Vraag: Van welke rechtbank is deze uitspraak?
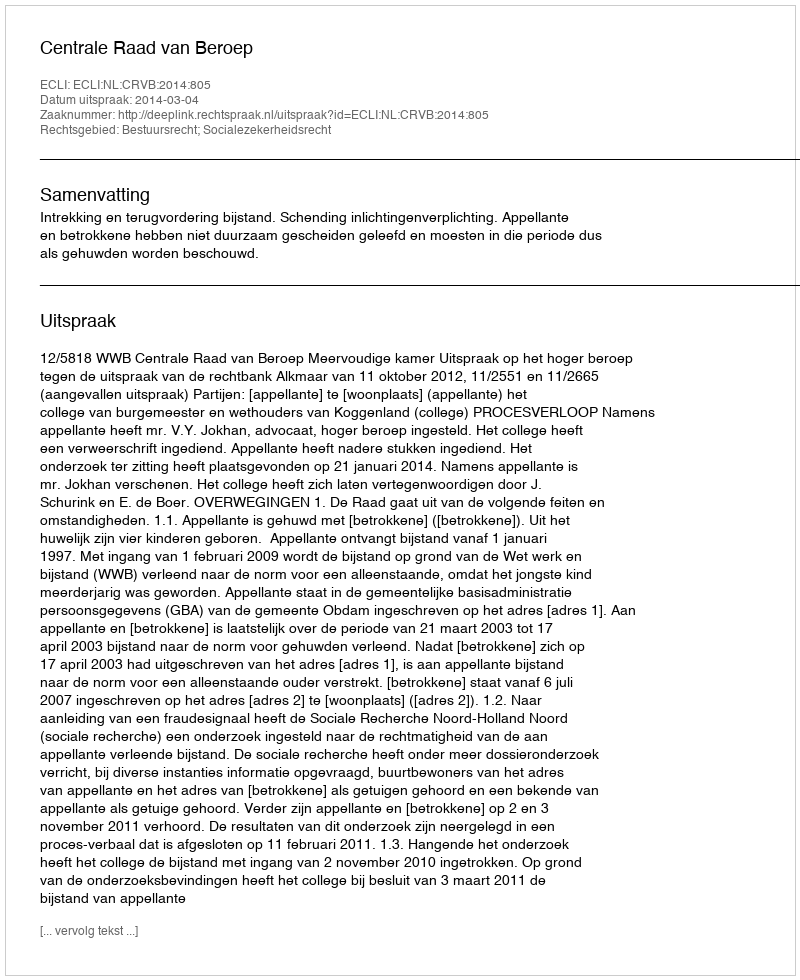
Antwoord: Centrale Raad van Beroep